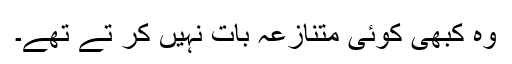
وہ کبھی کوئی متنازعہ بات نہیں کر تے تھے۔